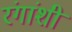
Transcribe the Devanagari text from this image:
रंगांशी